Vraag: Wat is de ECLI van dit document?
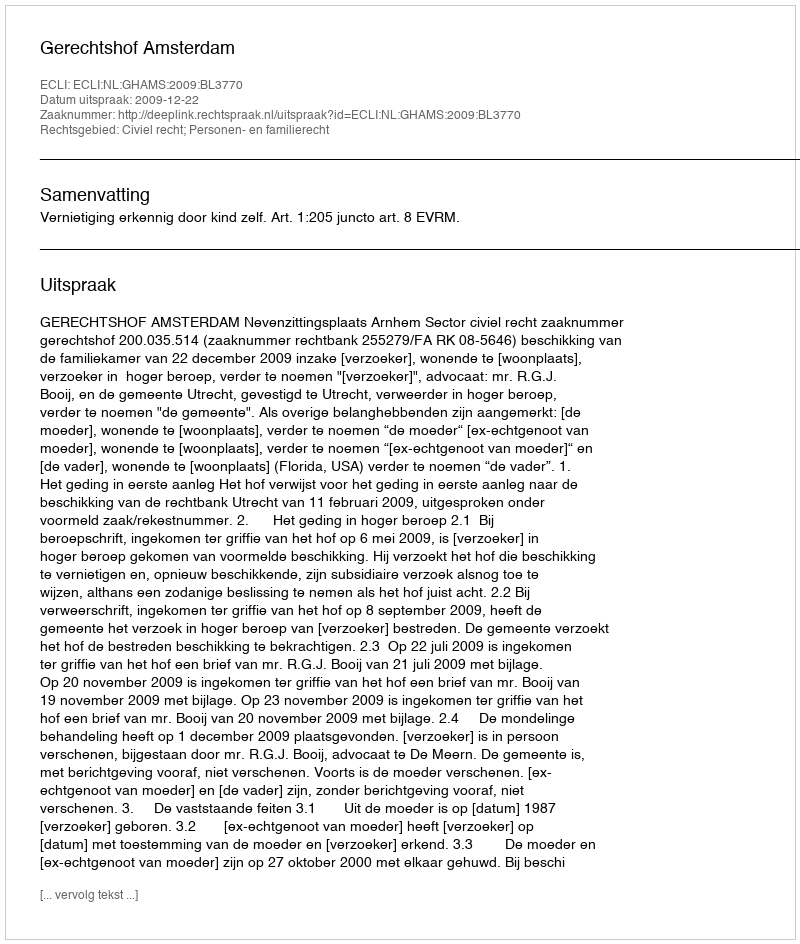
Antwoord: ECLI:NL:GHAMS:2009:BL3770